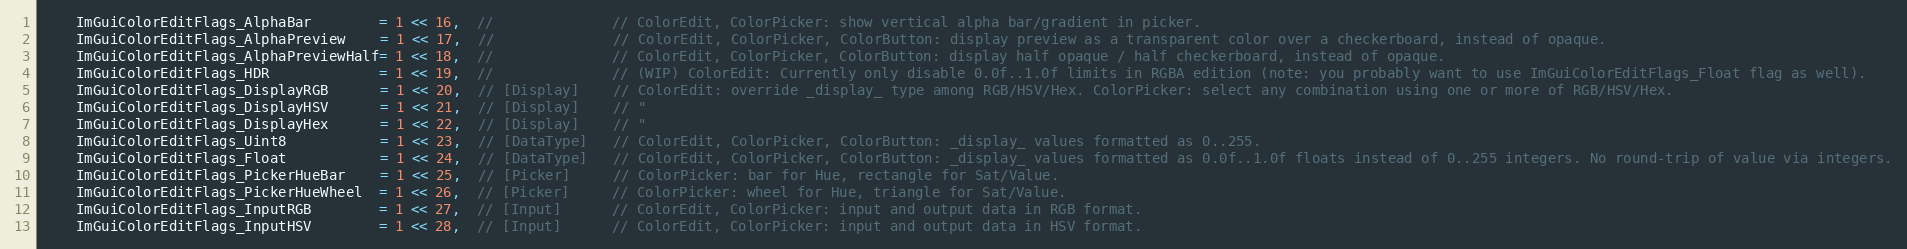
Language: C
    ImGuiColorEditFlags_AlphaBar        = 1 << 16,  //              // ColorEdit, ColorPicker: show vertical alpha bar/gradient in picker.
    ImGuiColorEditFlags_AlphaPreview    = 1 << 17,  //              // ColorEdit, ColorPicker, ColorButton: display preview as a transparent color over a checkerboard, instead of opaque.
    ImGuiColorEditFlags_AlphaPreviewHalf= 1 << 18,  //              // ColorEdit, ColorPicker, ColorButton: display half opaque / half checkerboard, instead of opaque.
    ImGuiColorEditFlags_HDR             = 1 << 19,  //              // (WIP) ColorEdit: Currently only disable 0.0f..1.0f limits in RGBA edition (note: you probably want to use ImGuiColorEditFlags_Float flag as well).
    ImGuiColorEditFlags_DisplayRGB      = 1 << 20,  // [Display]    // ColorEdit: override _display_ type among RGB/HSV/Hex. ColorPicker: select any combination using one or more of RGB/HSV/Hex.
    ImGuiColorEditFlags_DisplayHSV      = 1 << 21,  // [Display]    // "
    ImGuiColorEditFlags_DisplayHex      = 1 << 22,  // [Display]    // "
    ImGuiColorEditFlags_Uint8           = 1 << 23,  // [DataType]   // ColorEdit, ColorPicker, ColorButton: _display_ values formatted as 0..255.
    ImGuiColorEditFlags_Float           = 1 << 24,  // [DataType]   // ColorEdit, ColorPicker, ColorButton: _display_ values formatted as 0.0f..1.0f floats instead of 0..255 integers. No round-trip of value via integers.
    ImGuiColorEditFlags_PickerHueBar    = 1 << 25,  // [Picker]     // ColorPicker: bar for Hue, rectangle for Sat/Value.
    ImGuiColorEditFlags_PickerHueWheel  = 1 << 26,  // [Picker]     // ColorPicker: wheel for Hue, triangle for Sat/Value.
    ImGuiColorEditFlags_InputRGB        = 1 << 27,  // [Input]      // ColorEdit, ColorPicker: input and output data in RGB format.
    ImGuiColorEditFlags_InputHSV        = 1 << 28,  // [Input]      // ColorEdit, ColorPicker: input and output data in HSV format.